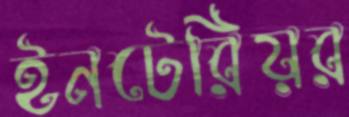
ইনটেরিয়র